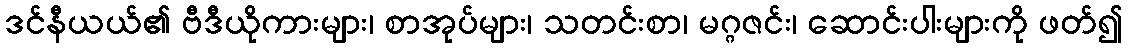
ဒင်နီယယ်၏ ဗီဒီယိုကားများ၊ စာအုပ်များ၊ သတင်းစာ၊ မဂ္ဂဇင်း၊ ဆောင်းပါးများကို ဖတ်၍